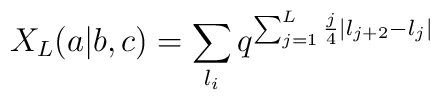
X_{L}(a|b,c)=\sum_{l_i}q^{\sum_{j=1}^{L} \frac{j}{4} |l_{j+2}-l_j|}